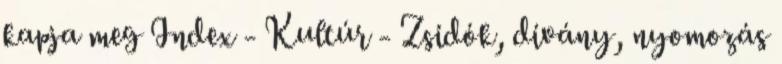
kapja meg Index - Kultúr - Zsidók, dívány, nyomozás